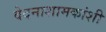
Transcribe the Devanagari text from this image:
वेदनाशामकांशी